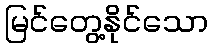
မြင်တွေ့နိုင်သော